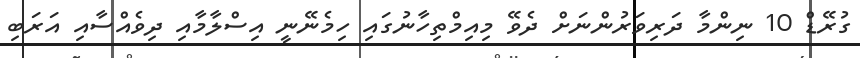
ގުރޭޑް 10 ނިންމާ ދަރިވަރުންނަށް ދެވޭ މިއިމްތިހާނުގައި ހިމެނޭނީ އިސްލާމާއި ދިވެއްސާއި އަރަބި